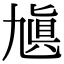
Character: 㐤